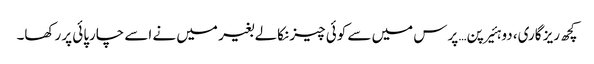
کچھ ریز گاری، دو ہئیرپن… پرس میں سے کوئی چیز نکالے بغیر میں نے اسے چارپائی پر رکھا۔